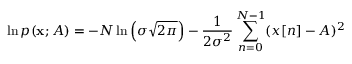
\ln p ( \mathbf { x } ; A ) = - N \ln \left( \sigma { \sqrt { 2 \pi } } \right) - { \frac { 1 } { 2 \sigma ^ { 2 } } } \sum _ { n = 0 } ^ { N - 1 } ( x [ n ] - A ) ^ { 2 }